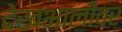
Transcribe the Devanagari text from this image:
देखभालीवर